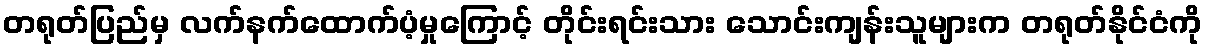
တရုတ်ပြည်မှ လက်နက်ထောက်ပံ့မှုကြောင့် တိုင်းရင်းသား သောင်းကျန်းသူများက တရုတ်နိုင်ငံကို